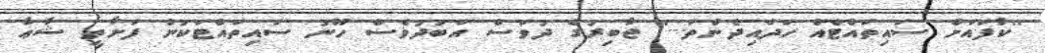
''ކާފައަށް ސައިތައްޓެއް ހަދައިދެންތަ...'' ޖާބިރުގެ ދުވަސް އަބަދުވެސް ހޫނު ސައިތައްޓަކުން ފަށާތީ ޝާޢާ